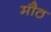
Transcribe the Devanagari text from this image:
मौठ